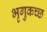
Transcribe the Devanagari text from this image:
भृगुकच्छ